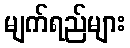
မျက်ရည်များ